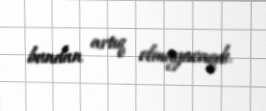
bundan artıq olmayacaqdı.